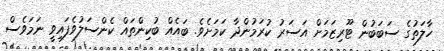
ހާލަތުގެ ސަބަބުން ޓޫރިޒަމަށް އަސަރު ކުރަމުންދާ ކަމަށެވެ. ބައެއް ބުކިންތައް ކެންސަލުވެފައިވީ ނަމަވެސް